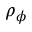
\rho _ { \phi }